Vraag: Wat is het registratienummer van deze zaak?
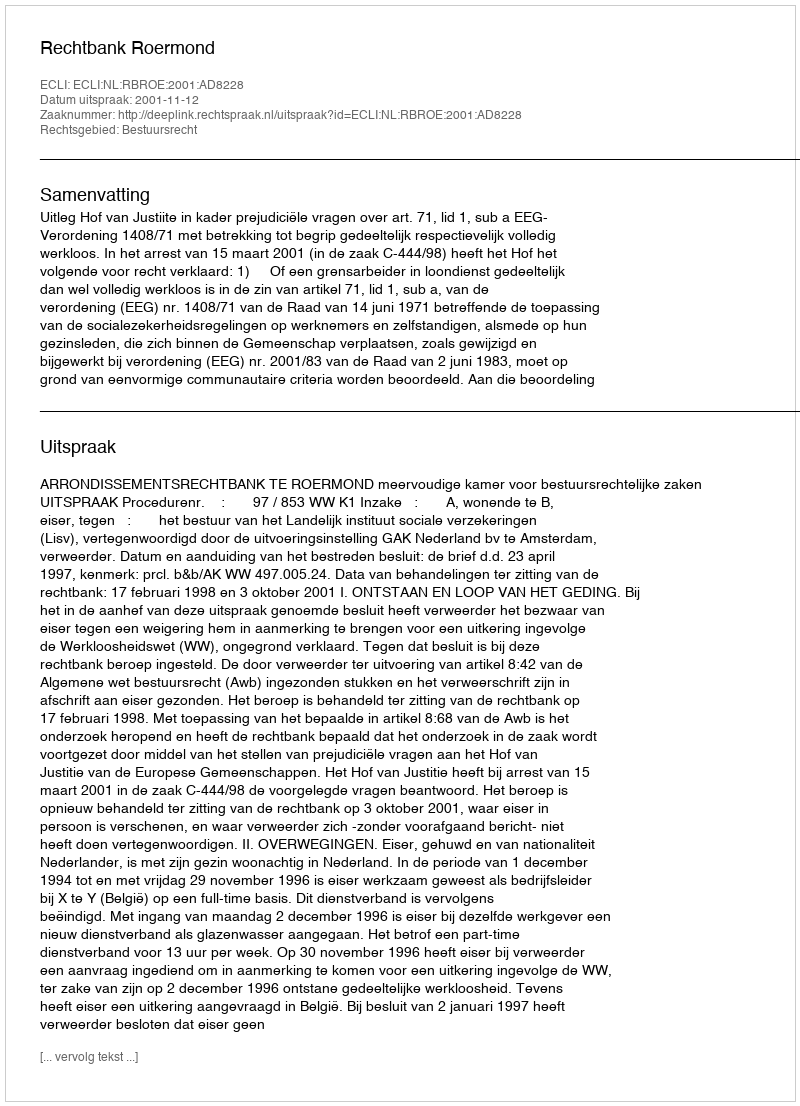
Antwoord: http://deeplink.rechtspraak.nl/uitspraak?id=ECLI:NL:RBROE:2001:AD8228